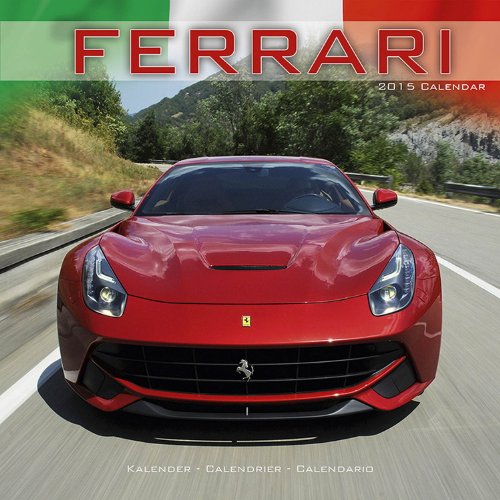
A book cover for Ferrari Calendar- 2015 Wall calendars - Car Calendar - Automobile Calendar - Monthly Wall Calendar by Avonside; MegaCalendars; Calendars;